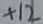
Text: +12